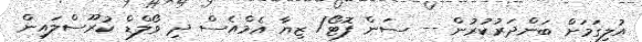
އުލިގަމަށް ބަންދަރުކުރުން -- ސަން ފޮޓޯ/ ޒިޔާ އެމްއެސް ދި ވޯލްޑް ކުރޫސްލައިން